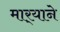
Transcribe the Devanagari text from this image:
मार्‍याने